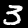
Digit: 3